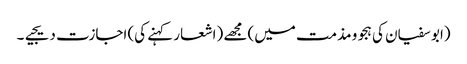
(ابو سفیان کی ہجو و مذمت میں) مجھے (اشعار کہنے کی) اجازت دیجیے۔